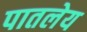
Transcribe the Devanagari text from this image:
पातलेय